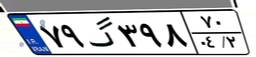
۹۴گ۲۸۷۸۹